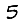
Digit: 5